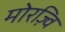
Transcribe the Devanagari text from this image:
मोरज़्वि